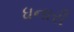
ધનારી